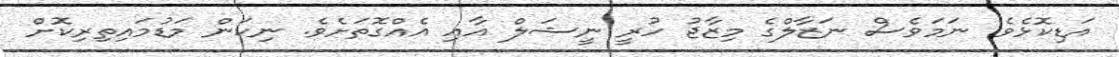
އަޑިކޮޅެވެ. ނަމަވެސް ނަޒާލްގެ މިޒާޖު ހުރީ ނީޝަލް އާއި އެއްގޮތަށެވެ. ނިކަން މަޑުމައިތިރިކޮށް